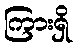
ကြားရှိ